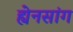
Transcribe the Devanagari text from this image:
ह्येनसांग